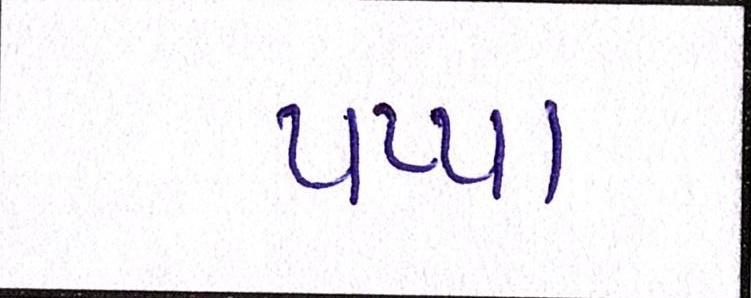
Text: પપ્પા